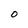
Character: 0